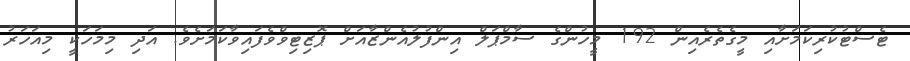
ޓެސްޓުކުރިކަމަށާއި މީގެތެރެއިން 192 މީހުންގެ ސާމްޕަލް އިންފުލުއެންޒާއަށް ޕޮޒިޓިވްވެފައިވާކަމަށެވެ. އަދި މިމަހަކީ މިއަހަރު